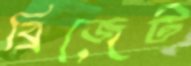
ব্রিজেট